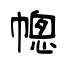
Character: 幒